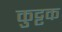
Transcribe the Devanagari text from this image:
कुुट्टक